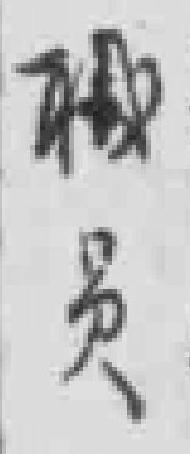
職員